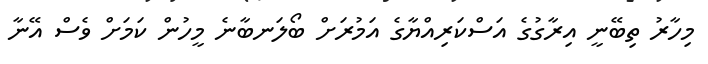
މިހާރު ތިބޭނީ އިރާގުގެ އަސްކަރިއްޔާގެ އަމުރަށް ބޯލަނބާނެ މީހުން ކަމަށް ވެސް އޭނާ